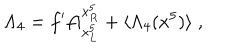
\Lambda _ { 4 } = f ^ { \prime } f | _ { x _ { L } ^ { 5 } } ^ { x _ { R } ^ { 5 } } + \langle \Lambda _ { 4 } ( x ^ { 5 } ) \rangle \; ,